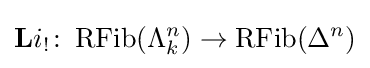
\mathbf {L} i_{!}\colon \operatorname {RFib} (\Lambda _{k}^{n})\rightarrow \operatorname {RFib} (\Delta ^{n})